Leningradi_Edasi_toimetus, lk 59
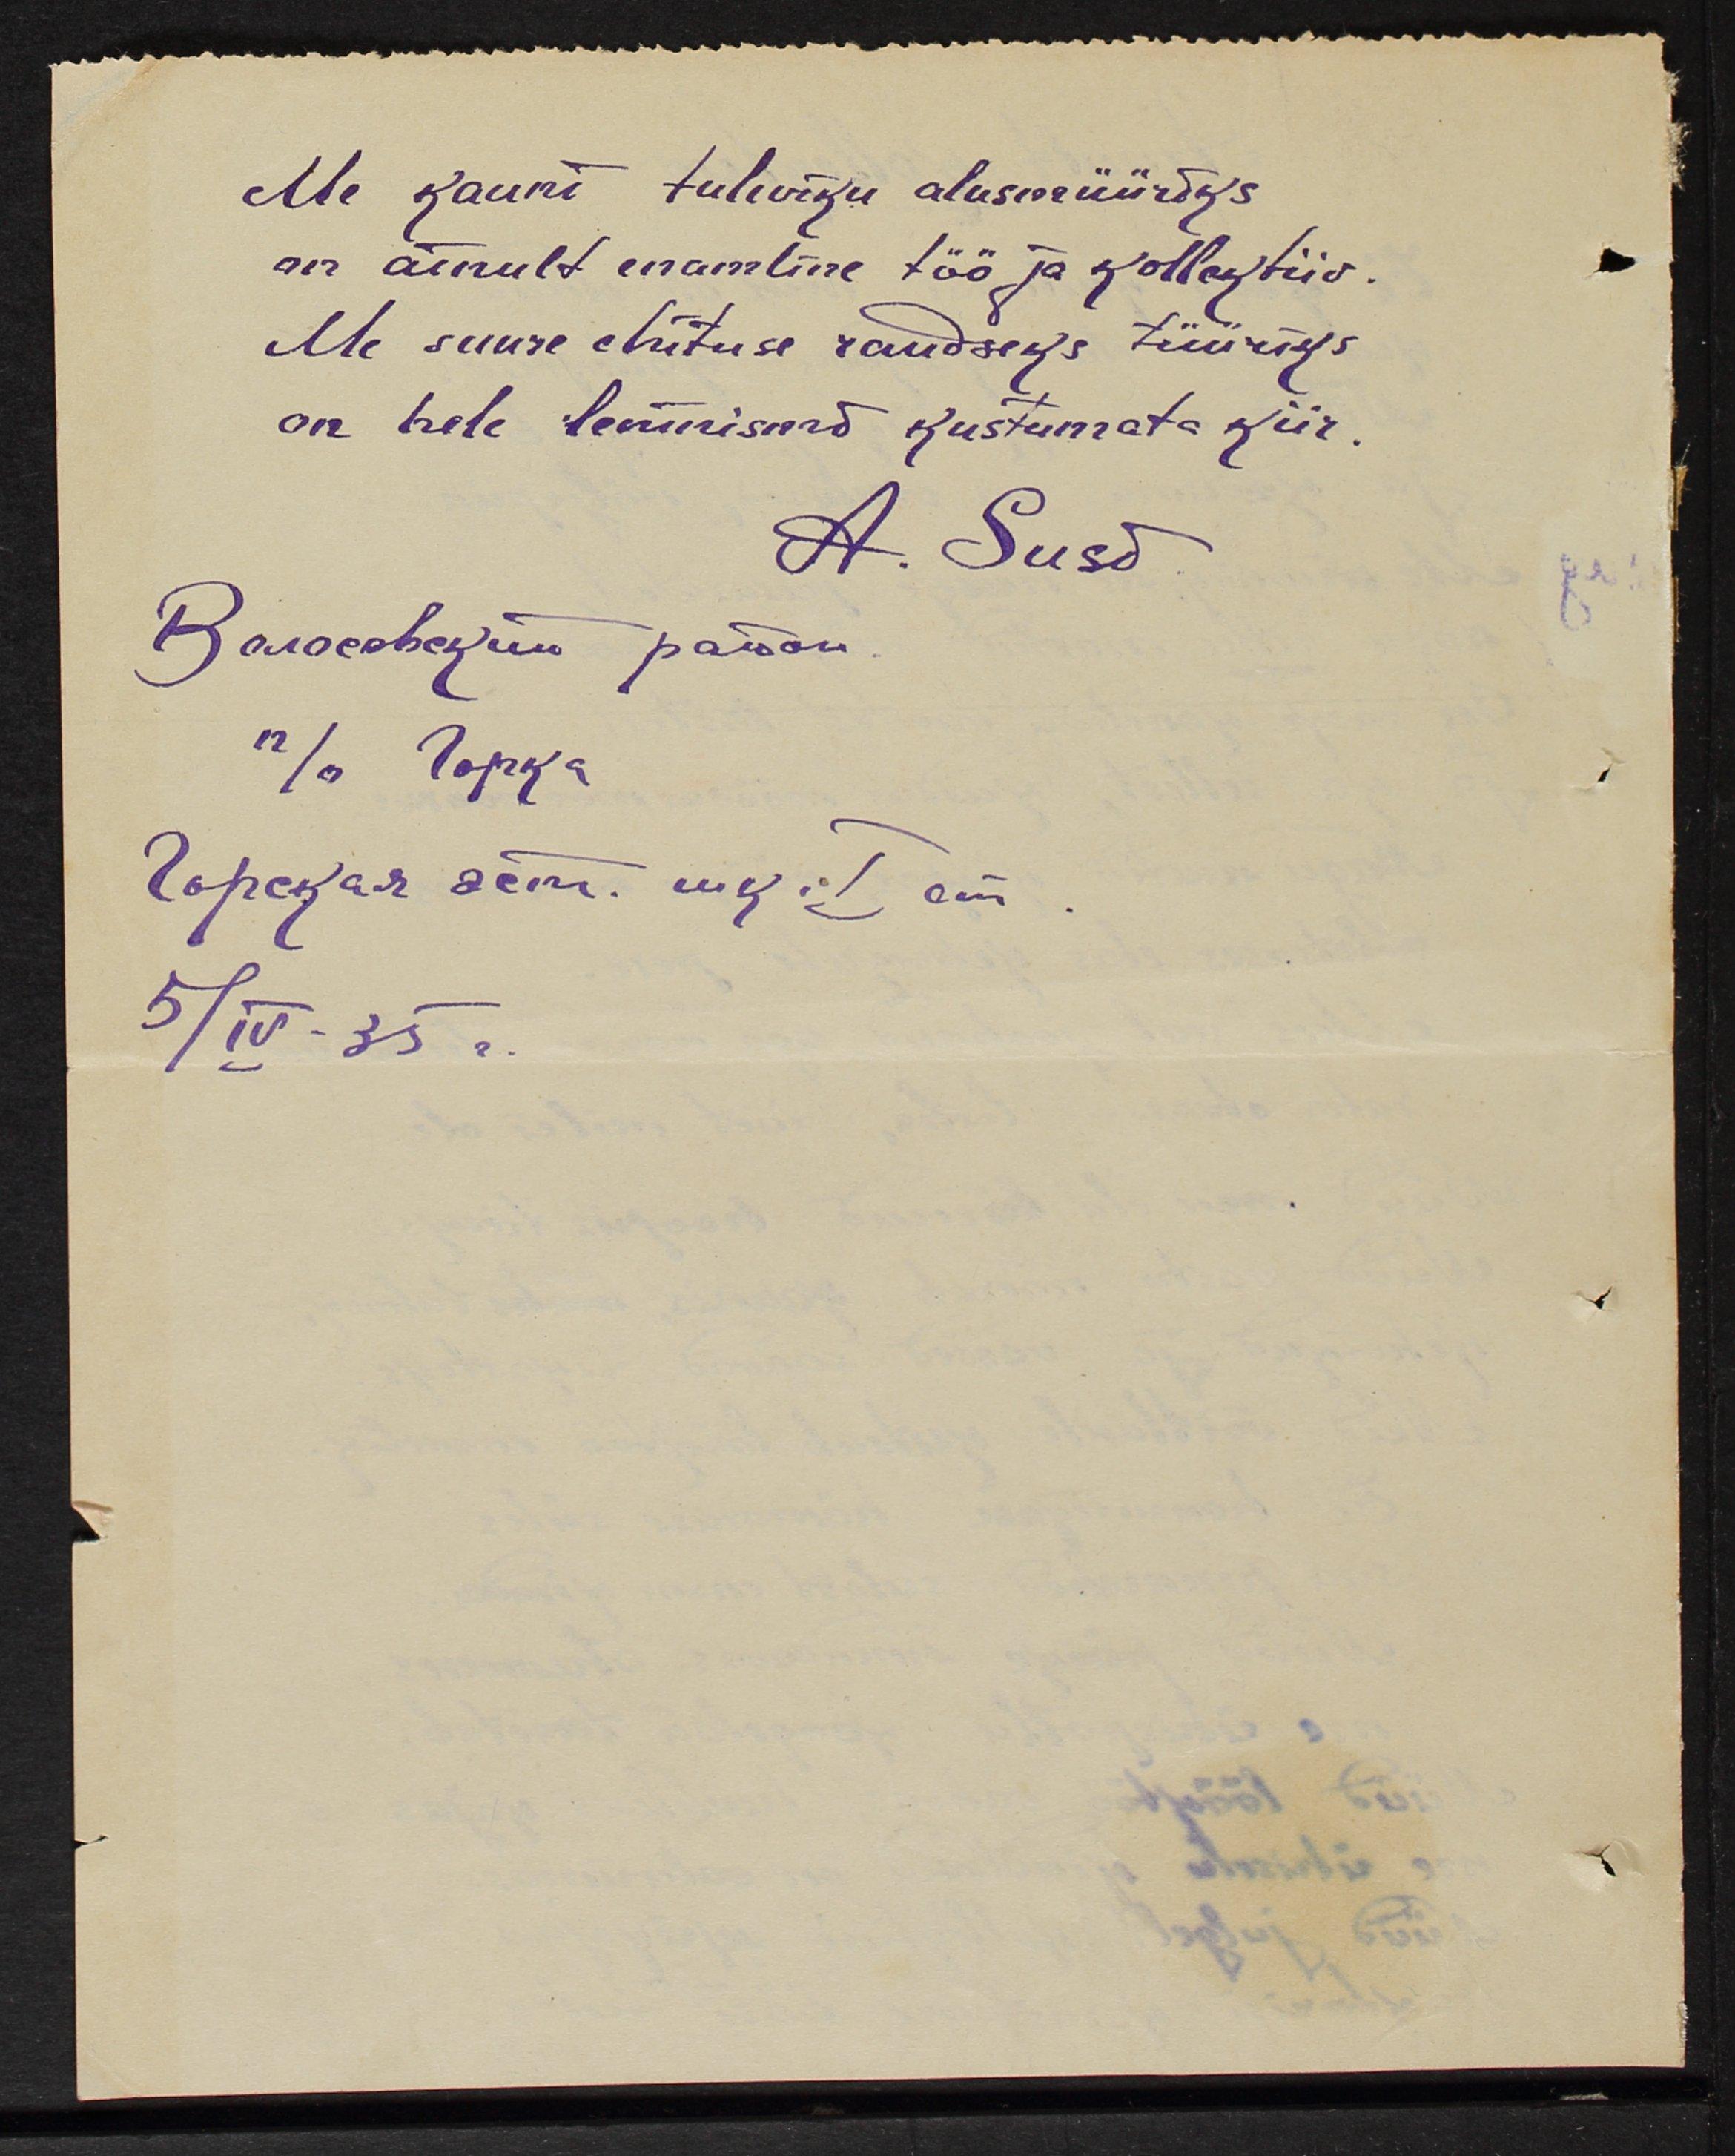
me kauni tuleviku alusmüüriks
on ainult enamline töö ja kollektiiv.
Me suure ehituse raudseks tüüriks
on hele leninismi kustumata kiir.
A. Susõ
Волосевекйи раион
п/о Горка
Горская эст. шк. I ет.
5/IV - 35г.